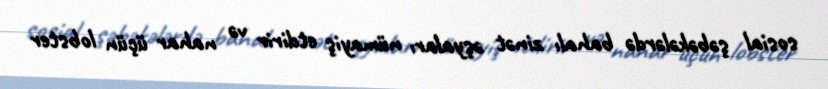
sosial şəbəkələrdə bahalı zinət əşyaları nümayiş etdirir və nahar üçün lobster